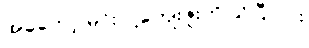
အခုတော့ မင်း ငါ့ကျေးဇူးကို သိပြီလား